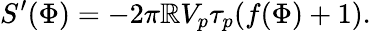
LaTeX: S^{\prime}(\Phi)=-2\pi\mathbb{R}V_{p}\tau_{p}(f(\Phi)+1).